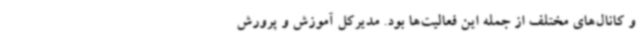
و کانال‌های مختلف از جمله این فعالیت‌ها بود. مدیرکل آموزش و پرورش